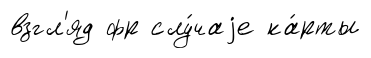
взгл'яд фр слу́чаjе ка́рты